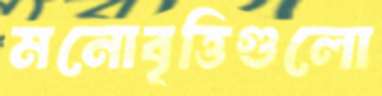
মনোবৃত্তিগুলো